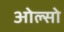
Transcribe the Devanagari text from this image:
ओल्सो